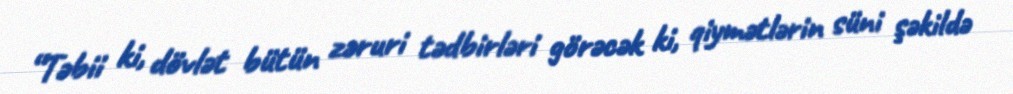
“Təbii ki, dövlət bütün zəruri tədbirləri görəcək ki, qiymətlərin süni şəkildə